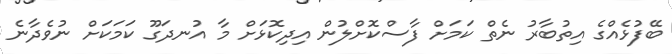
ބޭފުޅެއްގެ އިތުބާރު ނެތް ކަމަށް ފާސްކޮށްލުން އިދިކޮޅަށް މާ އުނދަގޫ ކަމަކަށް ނުވެދާނެ